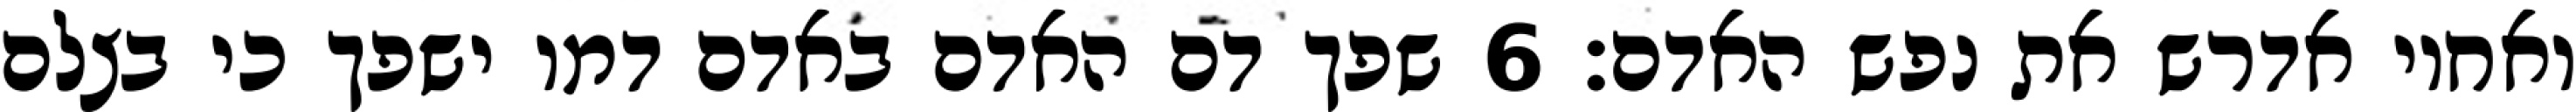
ואחיו אדרש את נפש האדם׃ ‎6‏ שפך דם האדם באדם דמו ישפך כי בצלם